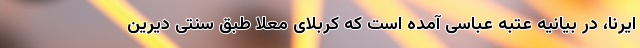
ایرنا، در بیانیه عتبه عباسی آمده است که کربلای معلا طبق سنتی دیرین